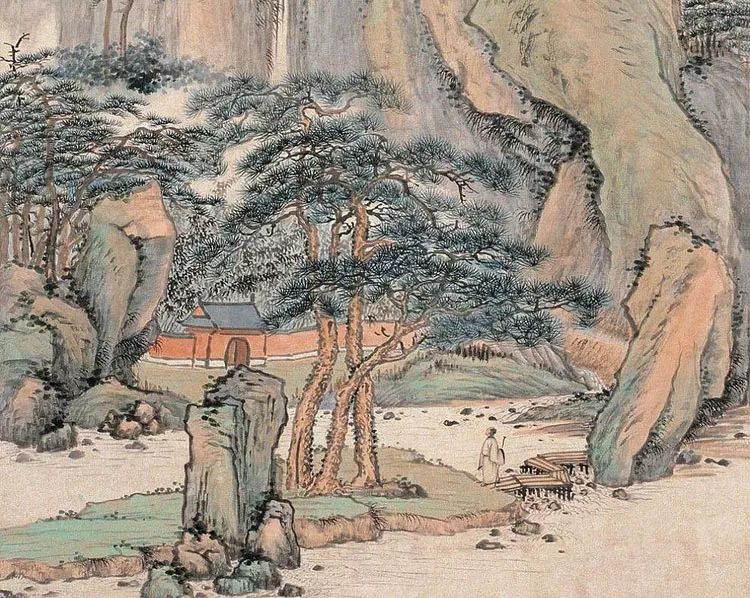
京国多年情尽改，忽听春雨忆江南。